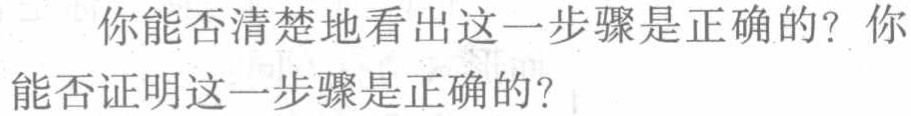
你能否清楚地看出这一步骤是正确的？你能否证明这一步骤是正确的？